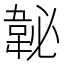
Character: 䪐